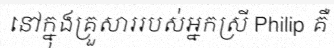
នៅក្នុងគ្រួសាររបស់អ្នកស្រី Philip គឺ